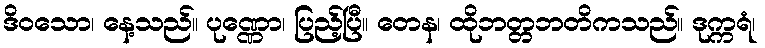
ဒိဝသော၊ နေ့သည်။ ပုဏ္ဏော၊ ပြည့်ပြီ။ တေန၊ ထိုဘတ္တဘတိကသည်။ ဒုက္ကရံ၊